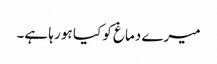
میرے دماغ کو کیا ہو رہا ہے۔